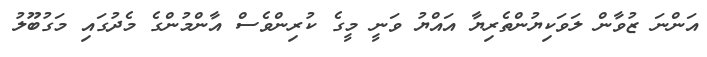
އަންނަ ޒުވާން ލަވަކިޔުންތެރިޔާ އައްޔު ވަނީ މީގެ ކުރިންވެސް އާންމުންގެ މެދުގައި މަގުބޫލު